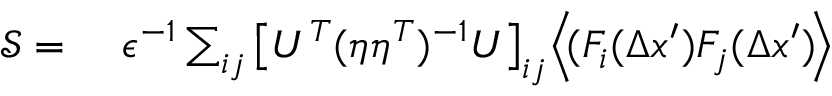
\begin{array} { r l } { \mathcal { S } = } & { { } ~ { \epsilon ^ { - 1 } } \sum _ { i j } \big [ U ^ { T } ( \eta \eta ^ { T } ) ^ { - 1 } U \big ] _ { i j } \Big \langle \! ( F _ { i } ( \Delta x ^ { \prime } ) F _ { j } ( \Delta { x } ^ { \prime } ) \! \Big \rangle } \end{array}